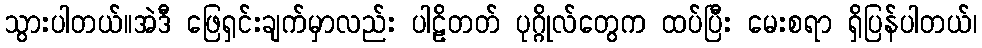
သွားပါတယ်။အဲဒီ ဖြေရှင်းချက်မှာလည်း ပါဠိတတ် ပုဂ္ဂိုလ်တွေက ထပ်ပြီး မေးစရာ ရှိပြန်ပါတယ်၊